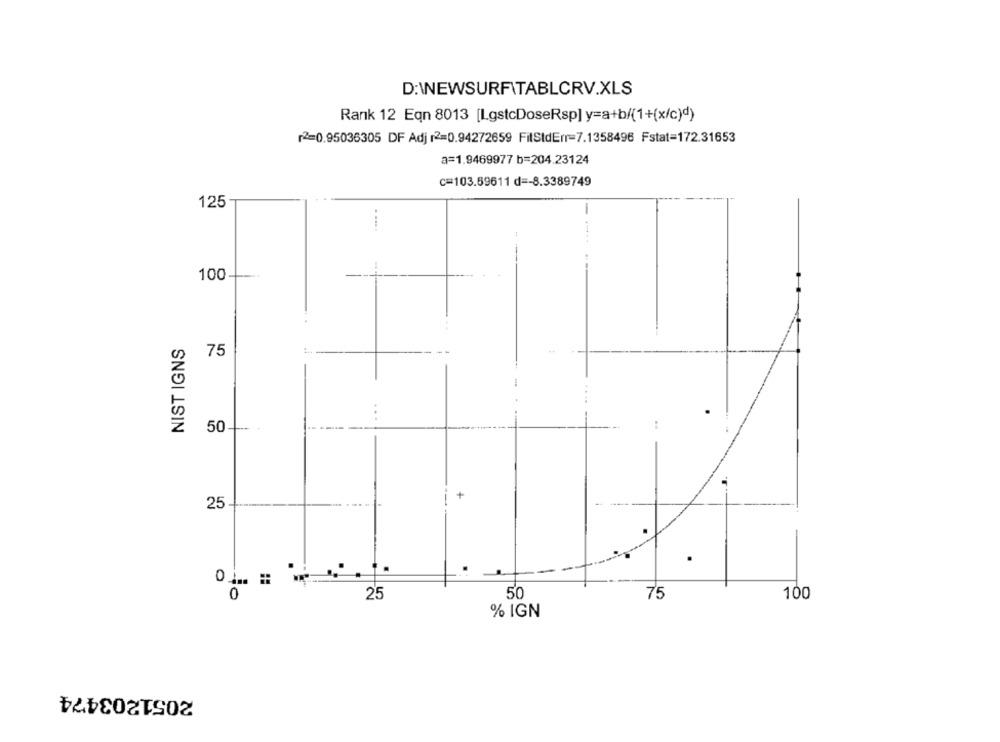
D:\NEWSURFITABLCRV.XLS
Rank 12 Eqn 8013 [LgstcDoseRsp] y=a+b/(1+(x/c)d)
r2=0.95036305 DF Adj r2=0.94272659 FilStdEnr=7.1358496 Fstat=172.31653
a=1.9469977 b=204.23124
C=103.59611 d =- 8.3389749
125
-
.....
100-
NIST IGNS
75
50-
25
0
25
50
75
100
% IGN
2051203474